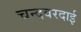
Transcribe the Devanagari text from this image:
चन्दवरदाई